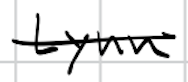
Text: Lynn
Cross-out: single-line
Writing tool: digital_black